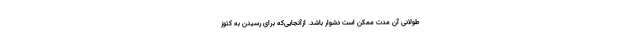
طولانی آن مدت ممکن است دشوار باشد. ازآنجایی‌که برای رسیدن به کتوز